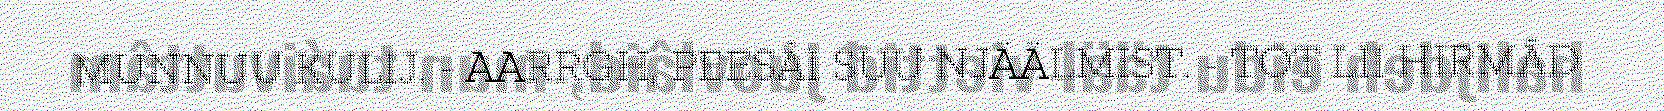
MUNNUU KULIJ. - AARRGH, PEESÂI SUU NJÄÄLMIST. - TOT LII HIRMÂD